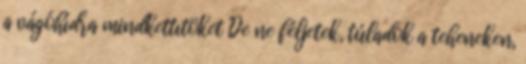
a vágóhídra mindkettıtöket De ne féljetek, túladok a teheneken,